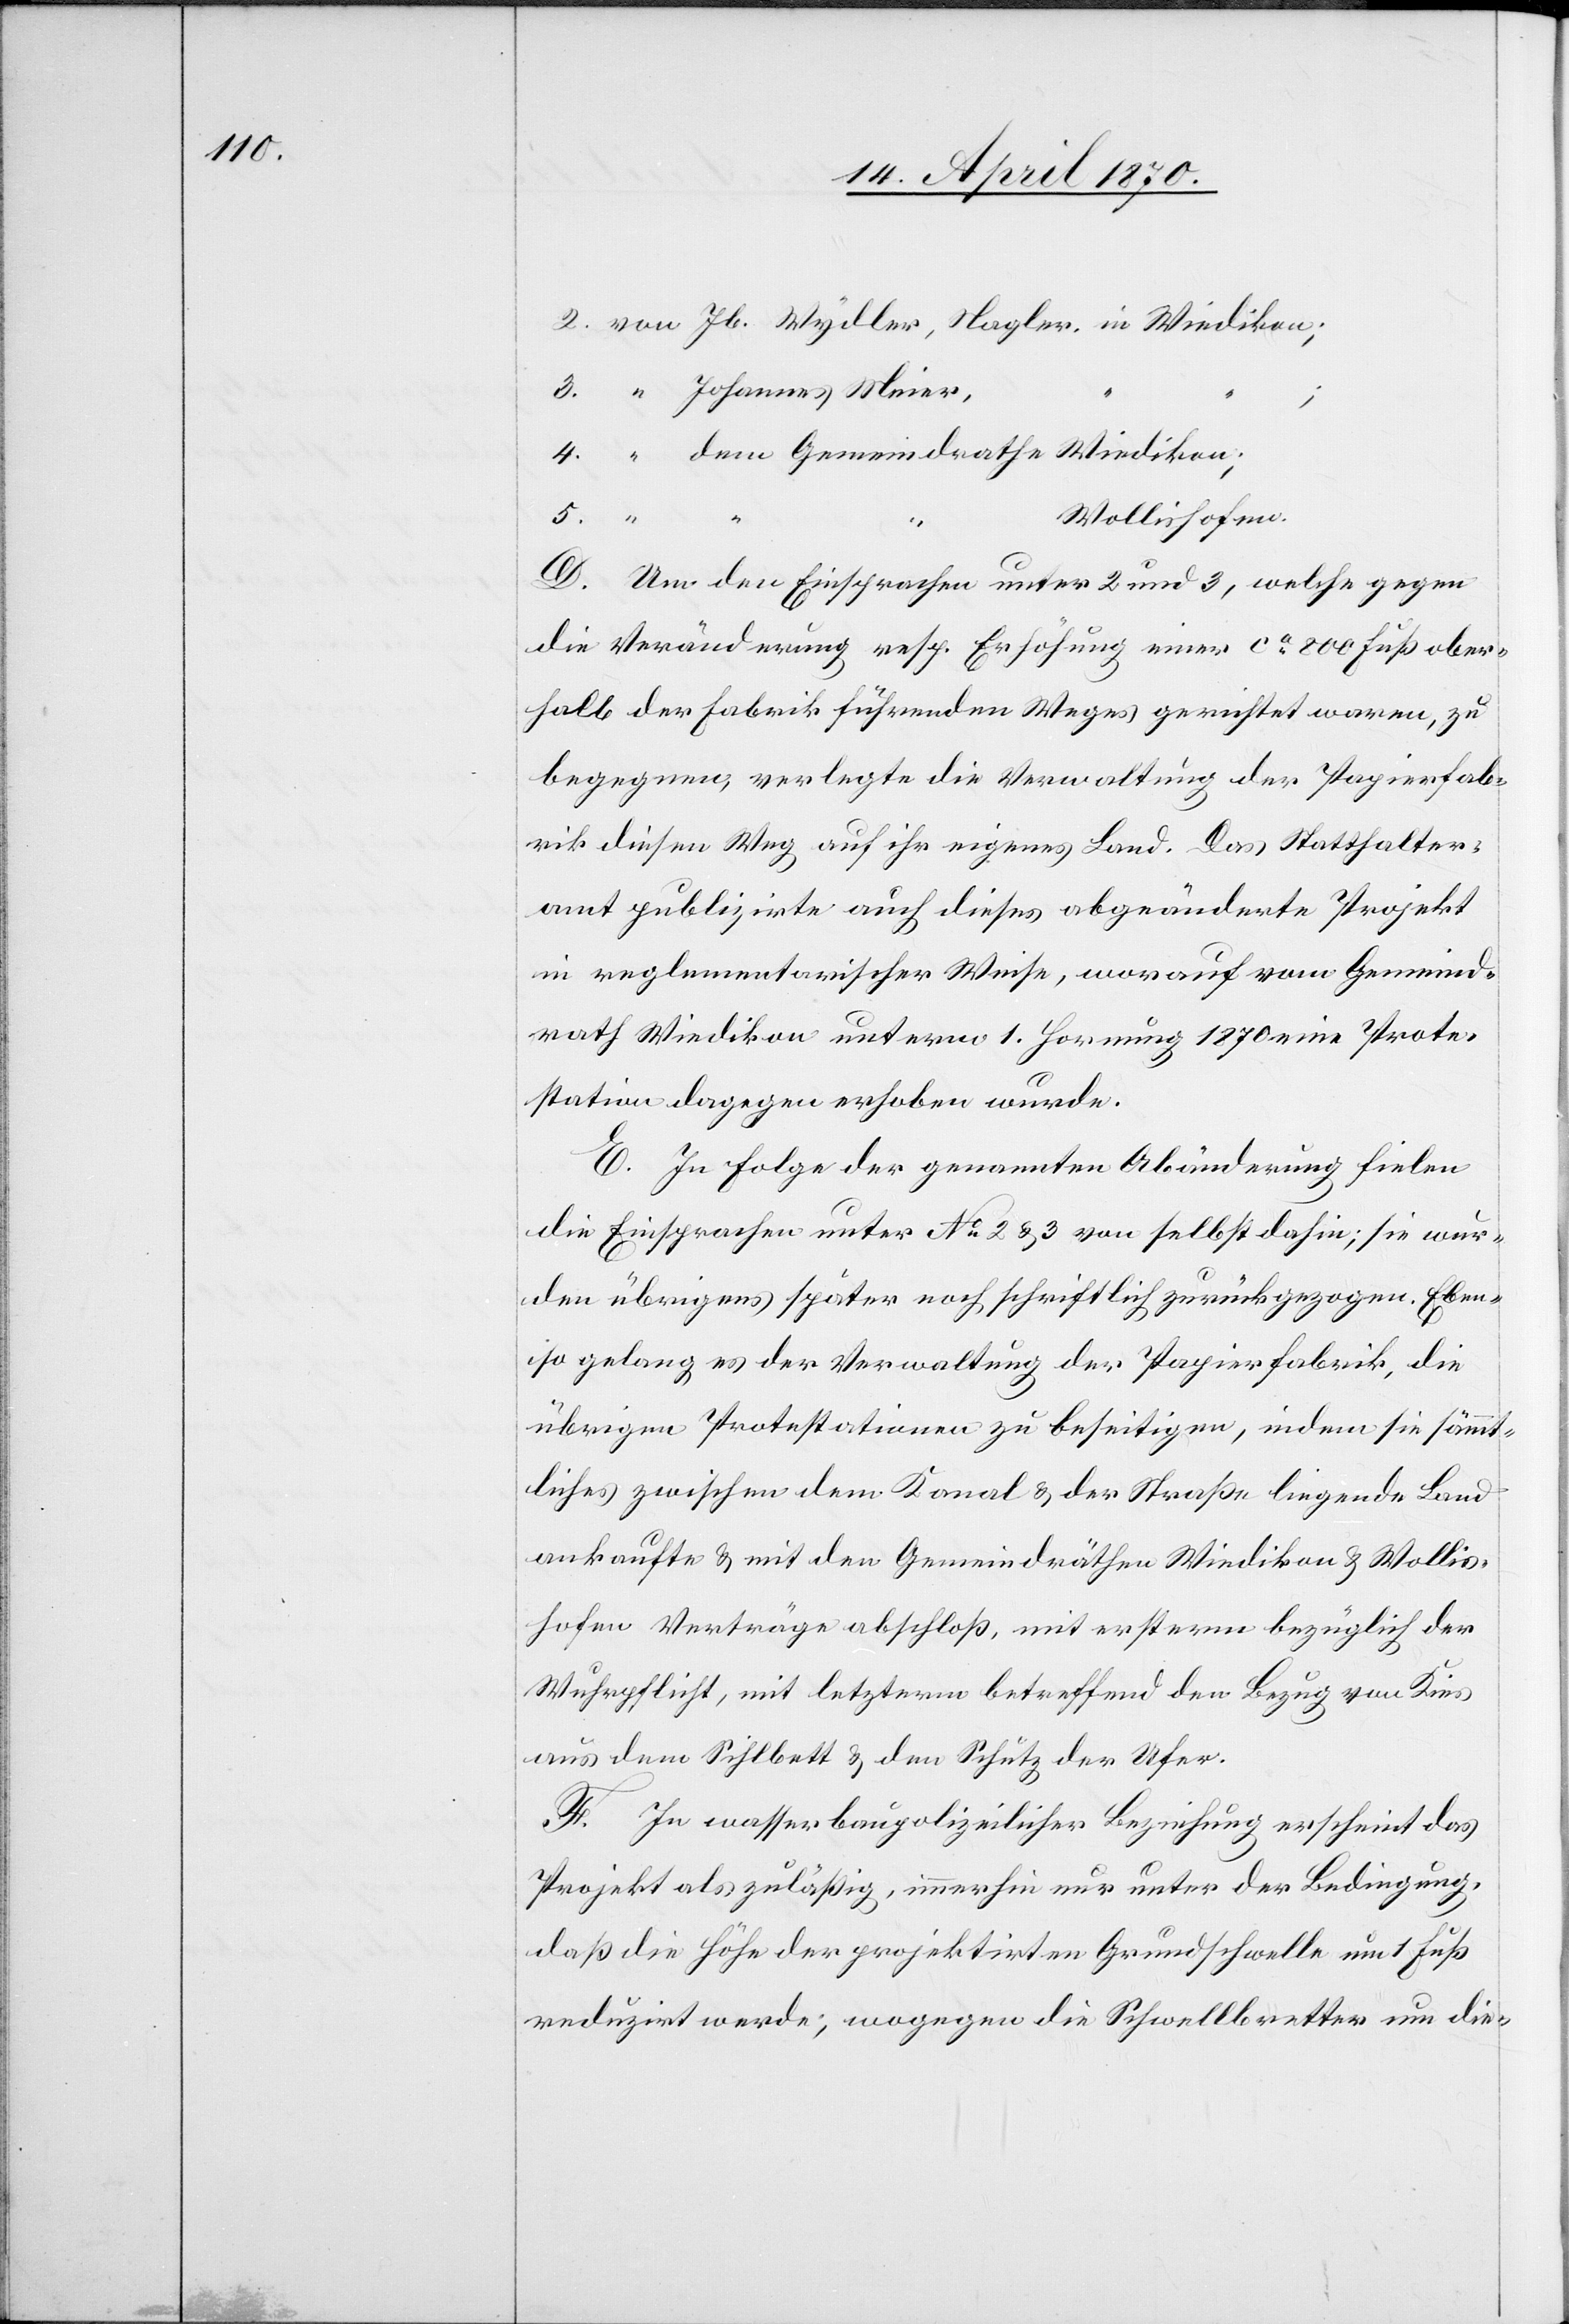
2. von Jb. Wydler, Nagler, in Wiedikon;
3. “ Johannes Meier,
“
4. “ dem Gemeindrathe Wiedikon;
Wollishofen.
5.
D. Um den Einsprachen unter 2 und 3, welche gegen
die Veränderung resp. Erhöhung einer ca 800 Fuß ober¬
halb der Fabrik führenden Weges gerichtet waren, zu
begegnen, verlegte die Verwaltung der Papierfab¬
rik diesen Weg auf ihr eigenes Land. Das Statthalter¬
amt publizirte auch dieses abgeänderte Projekt
in reglementarischer Weise, worauf vom Gemeind¬
rath Wiedikon unterm 1. Hornung 1870 eine Prote¬
station dagegen erhoben wurde.
E. In Folge der genannten Abänderung fielen
die Einsprachen unter No 2 & 3 von selbst dahin; sie wur¬
den übrigens später noch schriftlich zurückgezogen. Eben¬
so gelang es der Verwaltung der Papierfabrik, die
übrigen Protestationen zu beseitigen, indem sie sämmt¬
liches zwischen dem Kanal & der Straße liegende Land
ankaufte & mit den Gemeindräthen Wiedikon & Wollis¬
hofen Verträge abschloß, mit ersterm bezüglich der
Wuhrpflicht, mit letzterm betreffend den Bezug von Kies
aus dem Sihlbett & den Schutz der Ufer.
F. In wasserbaupolizeilicher Beziehung erscheint das
Projekt als zuläßig, immerhin nur unter der Bedingung,
daß die Höhe der projektirten Grundschwelle um 1 Fuß
reduzirt werde, wogegen die Schwellbretter um die-